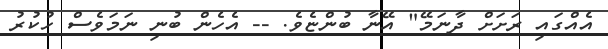
އެއްގައި ރަށަށް ދާނަމޭ" އޭނާ ބުންޏެވެ. -- އެހެން ބުނި ނަމަވެސް ހުކުރު